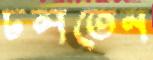
ঢলতেন